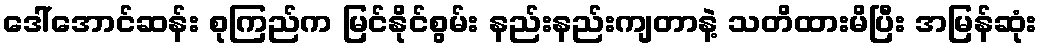
ဒေါ်အောင်ဆန်း စုကြည်က မြင်နိုင်စွမ်း နည်းနည်းကျတာနဲ့ သတိထားမိပြီး အမြန်ဆုံး